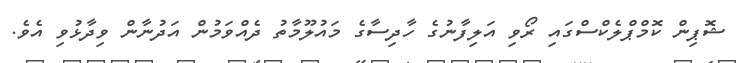
ޝޮޕިން ކޮމްޕްލެކްސްގައި ރޯވި އަލިފާނުގެ ހާދިސާގެ މައުލޫމާތު ދެއްވަމުން އަދުނާން ވިދާޅުވި އެވެ.